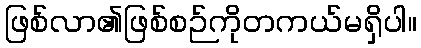
ဖြစ်လာ၏ဖြစ်စဉ်ကိုတကယ်မရှိပါ။